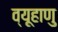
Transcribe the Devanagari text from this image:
व्यूहाणु